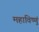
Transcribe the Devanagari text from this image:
महाविष्णुं